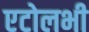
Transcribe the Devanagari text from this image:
एटोलभी